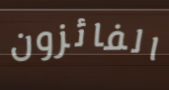
الفائزون